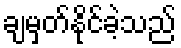
ချမှတ်နိုင်ခဲ့သည်